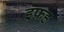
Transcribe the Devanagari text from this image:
इफ्रह